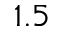
1 . 5